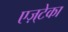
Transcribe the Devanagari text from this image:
एज़्टेका